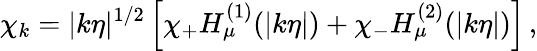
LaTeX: \chi_{k}=|k\eta|^{1/2}\left[\chi_{+}H_{\mu}^{(1)}(|k\eta|)+\chi_{-}H_{\mu}^{(2)}(|k\eta|)\right]\, ,